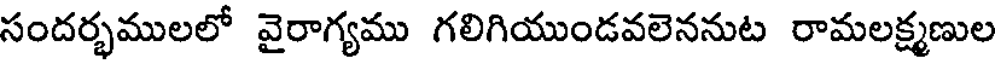
సందర్భములలో వైరాగ్యము గలిగియుండవలెననుట రామలక్ష్మణుల